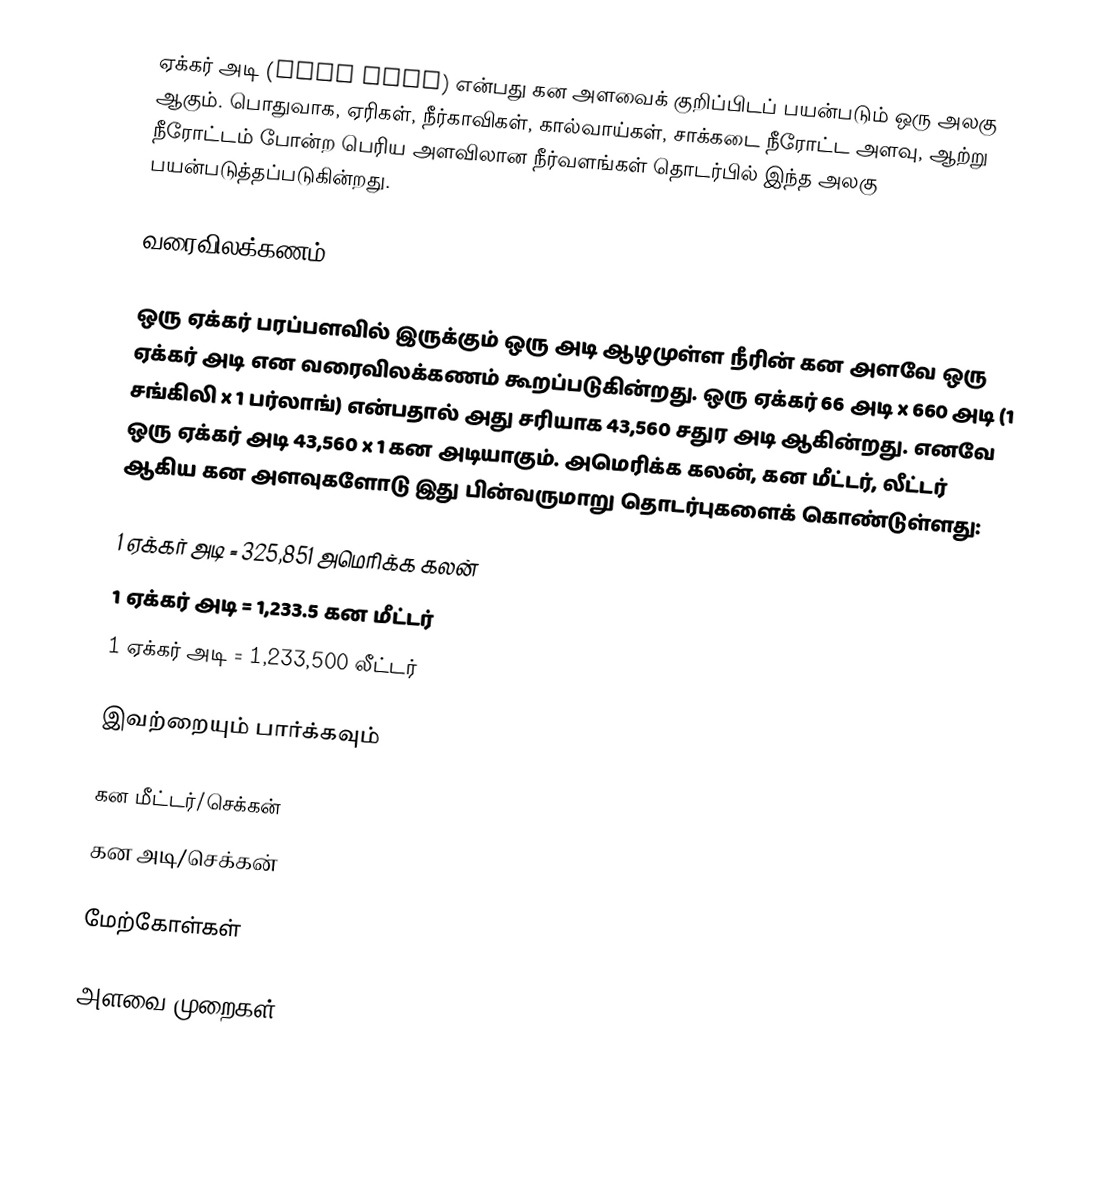
ஏக்கர் அடி (Acre foot) என்பது கன அளவைக் குறிப்பிடப் பயன்படும் ஒரு அலகு ஆகும். பொதுவாக, ஏரிகள், நீர்காவிகள், கால்வாய்கள், சாக்கடை நீரோட்ட அளவு, ஆற்று நீரோட்டம் போன்ற பெரிய அளவிலான நீர்வளங்கள் தொடர்பில் இந்த அலகு பயன்படுத்தப்படுகின்றது.

வரைவிலக்கணம்

ஒரு ஏக்கர் பரப்பளவில் இருக்கும் ஒரு அடி ஆழமுள்ள நீரின் கன அளவே ஒரு ஏக்கர் அடி என வரைவிலக்கணம் கூறப்படுகின்றது. ஒரு ஏக்கர் 66 அடி x 660 அடி (1 சங்கிலி x 1 பர்லாங்) என்பதால் அது சரியாக 43,560 சதுர அடி ஆகின்றது. எனவே ஒரு ஏக்கர் அடி 43,560 x 1 கன அடியாகும். அமெரிக்க கலன், கன மீட்டர், லீட்டர் ஆகிய கன அளவுகளோடு இது பின்வருமாறு தொடர்புகளைக் கொண்டுள்ளது:

 1 ஏக்கர் அடி =  325,851   அமெரிக்க கலன்
 1 ஏக்கர் அடி =    1,233.5  கன மீட்டர்
 1 ஏக்கர் அடி = 1,233,500   லீட்டர்

இவற்றையும் பார்க்கவும்

 கன மீட்டர்/செக்கன்
 கன அடி/செக்கன்

மேற்கோள்கள்

அளவை முறைகள்